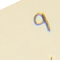
9